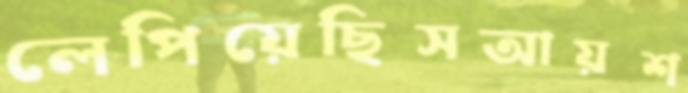
লেপিয়েছিসআয়শ